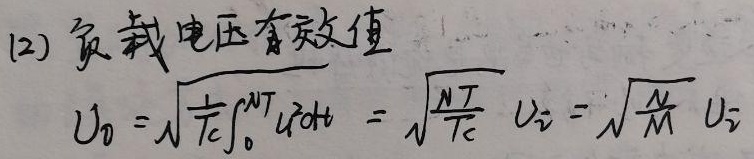
(2) 负载电压有效值
\[ U_{0}=\sqrt{\frac{1}{T_{c}}\int_{0}^{NT}u_{i}^{2}dt}=\sqrt{\frac{NT}{T_{c}}}U_{i}=\sqrt{\frac{N}{M}}U_{i} \]